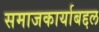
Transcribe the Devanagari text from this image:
समाजकार्याबद्दल